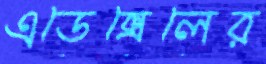
এডেক্সেলের